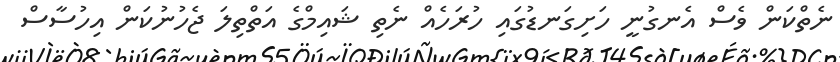
ނެތްކަން ވެސް އެނގުނީ ހަށިގަނޑުގައި ހުރަހެއް ނެތި ޝައިމްގެ އަތްތިލަ ޖެހުނުކަން އިހުސާސް